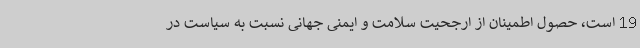
19 است، حصول اطمینان از ارجحیت سلامت و ایمنی جهانی نسبت به سیاست در